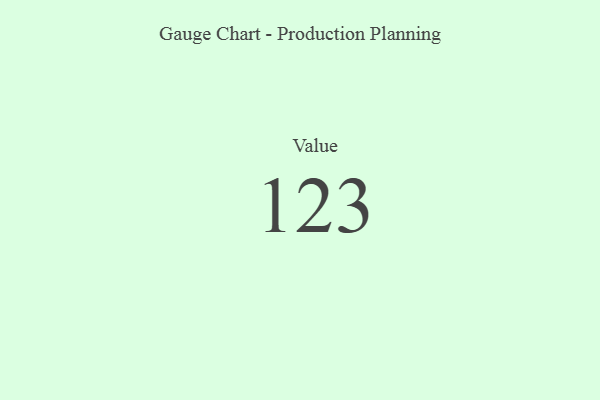
{"axis": {"x": "Metric", "y": "Value"}, "legend": [""], "data": [{"x": "Value", "y": 123, "type": ""}]}